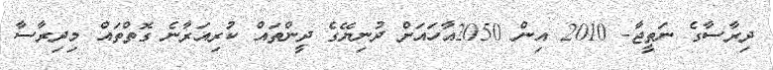
ދިރާސާގެ ނަތީޖާ- 2010 އިން 2050އާހަައަށް ދުނިޔޭގެ ދީންތައް ކުރިއަރާނެ ގޮތްތައް މިދިރާސާ